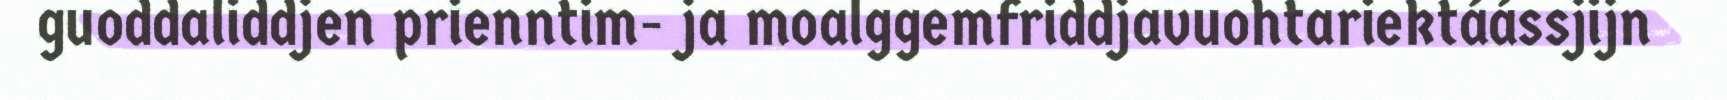
guoddaliddjen prienntim- ja moalggemfriddjavuohtariektáássjijn